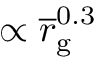
\propto \overline { r } _ { \mathrm { g } } ^ { 0 . 3 }